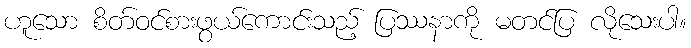
ဟူသော စိတ်ဝင်စားဖွယ်ကောင်းသည့် ပြဿနာကို မတင်ပြ လိုသေးပါ။